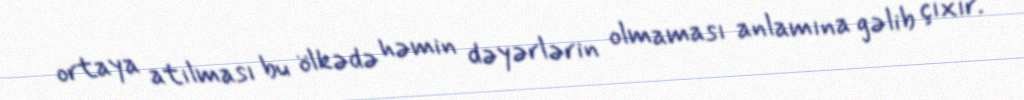
ortaya atılması bu ölkədə həmin dəyərlərin olmaması anlamına gəlib çıxır.